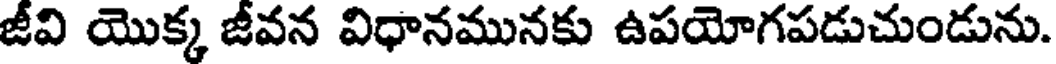
జీవి యొక్క జీవన విధానమునకు ఉపయోగపడుచుండును.